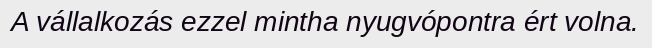
A vállalkozás ezzel mintha nyugvópontra ért volna.